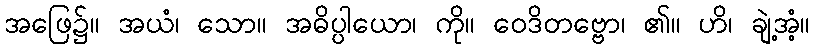
အဖြေ၌။ အယံ၊ သော။ အဓိပ္ပါယော၊ ကို။ ဝေဒိတဗ္ဗော၊ ၏။ ဟိ၊ ချဲ့အံ့။